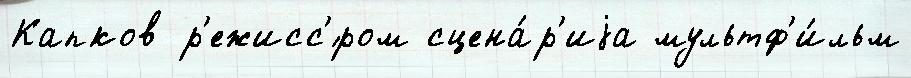
Капков р'ежисс'́ром сцена́р'иjа мультф'и́льм